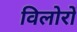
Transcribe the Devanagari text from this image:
विलोरों